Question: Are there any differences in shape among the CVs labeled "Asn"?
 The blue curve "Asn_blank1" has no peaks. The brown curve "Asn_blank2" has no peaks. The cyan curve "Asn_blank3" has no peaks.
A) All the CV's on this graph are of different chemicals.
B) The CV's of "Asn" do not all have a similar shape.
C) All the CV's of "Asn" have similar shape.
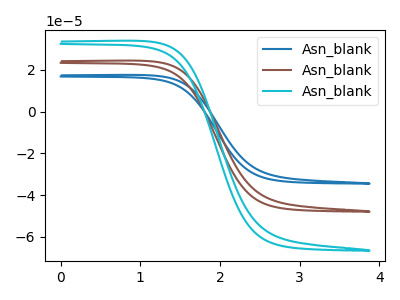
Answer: <think>Neither "Asn_blank1" or "Asn_blank2" have any peaks. Neither "Asn_blank1" or "Asn_blank3" have any peaks. Neither "Asn_blank2" or "Asn_blank3" have any peaks.
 </think>
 <answer>C) All the CV's of "Asn" have similar shape.</answer>
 <eval>C</eval>